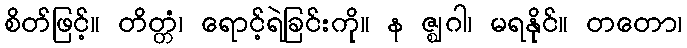
စိတ်ဖြင့်။ တိတ္တံ၊ ရောင့်ရဲခြင်းကို။ န ဇ္ဈဂါ၊ မရနိုင်။ တတော၊